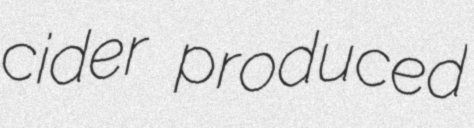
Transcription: cider produced